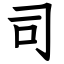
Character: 司